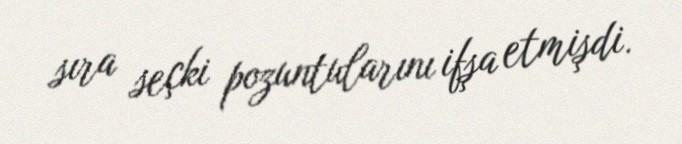
sıra seçki pozuntularını ifşa etmişdi.